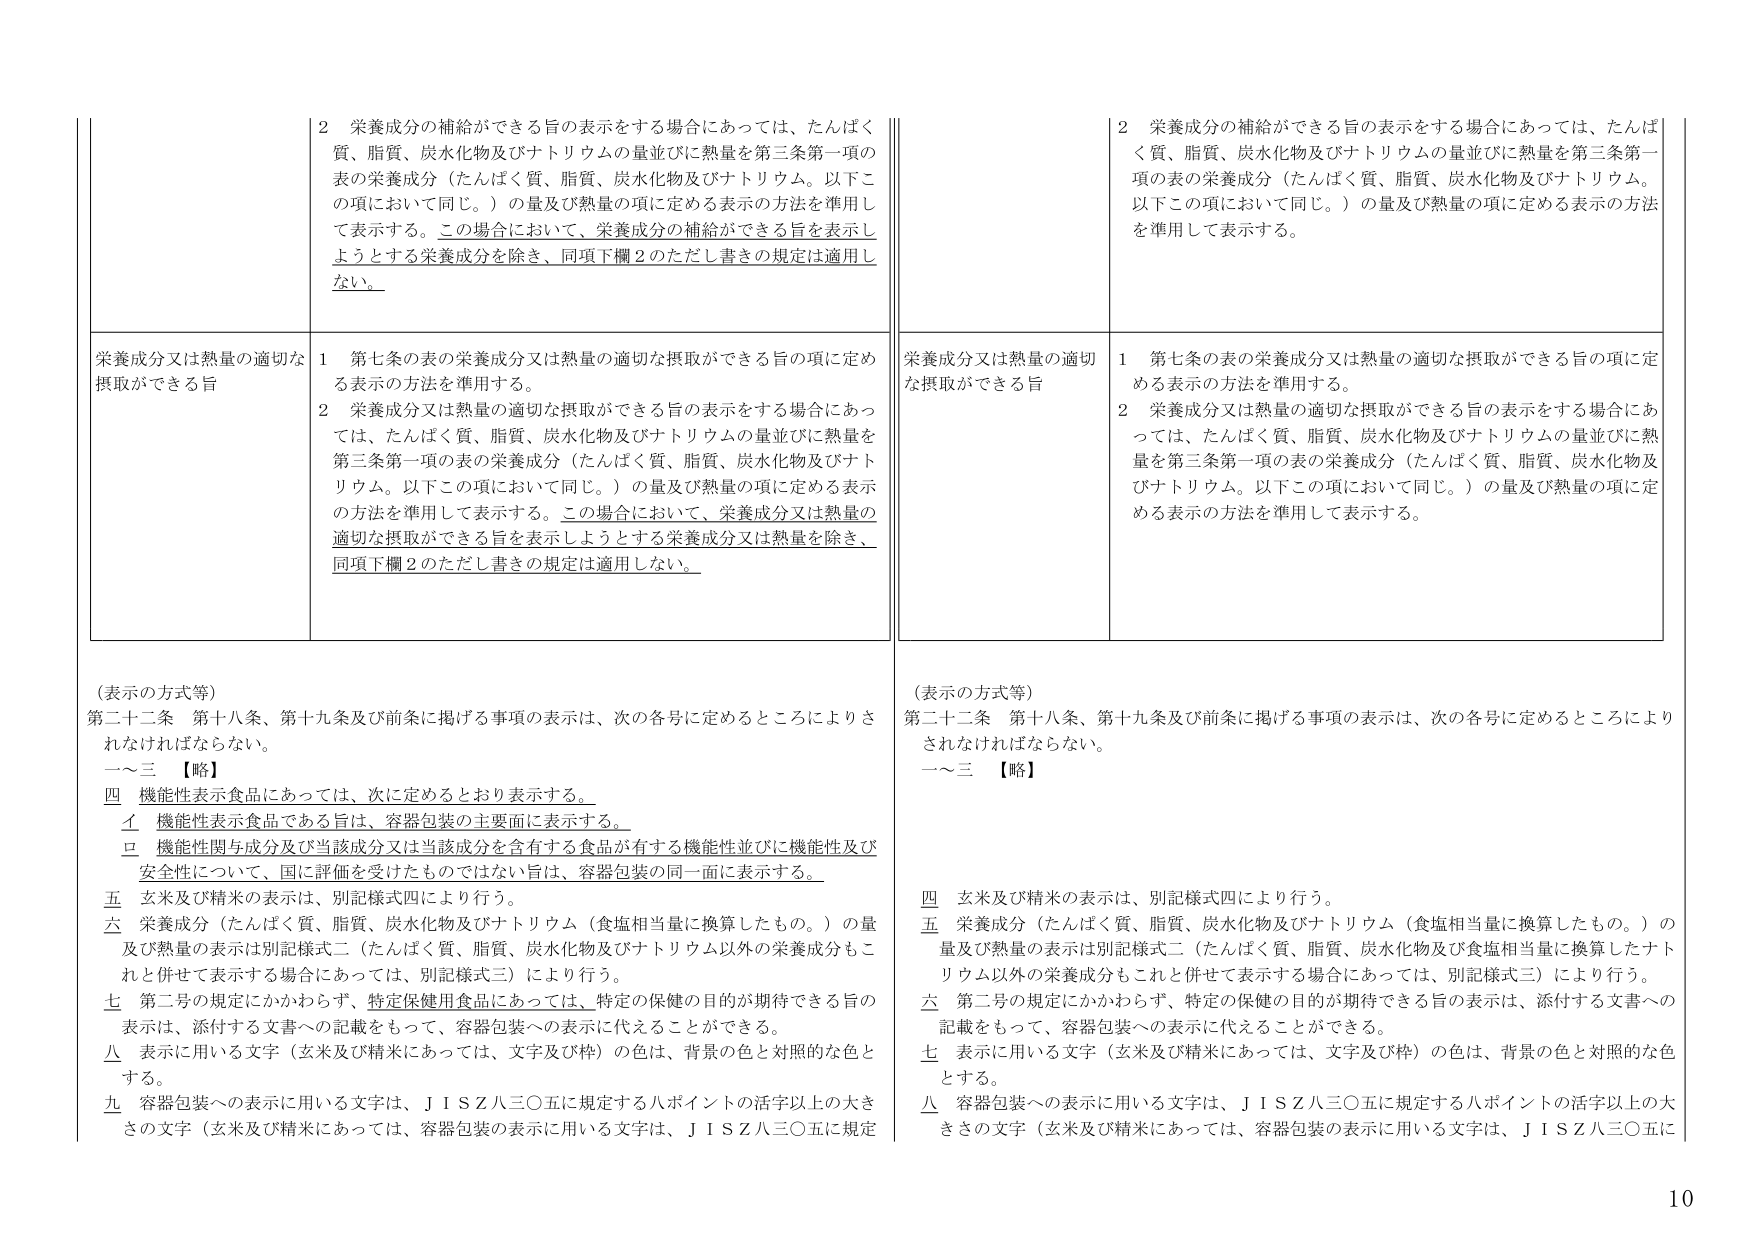
2 栄養成分の補給ができる旨の表示をする場合にあっては、たんぱく質、脂質、炭水化物及びナトリウムの量並びに熱量を第三条第一項の表の栄養成分（たんぱく質、脂質、炭水化物及びナトリウム。以下この項において同じ。）の量及び熱量の項に定める表示の方法を準用して表示する。この場合において、栄養成分の補給ができる旨を表示しようとする栄養成分を除き、同項下欄2のただし書きの規定は適用しない。

栄養成分又は熱量の適切な摂取ができる旨
1 第七条の表の栄養成分又は熱量の適切な摂取ができる旨の項に定める表示の方法を準用する。
2 栄養成分又は熱量の適切な摂取ができる旨の表示をする場合にあっては、たんぱく質、脂質、炭水化物及びナトリウムの量並びに熱量を第三条第一項の表の栄養成分（たんぱく質、脂質、炭水化物及びナトリウム。以下この項において同じ。）の量及び熱量の項に定める表示の方法を準用して表示する。この場合において、栄養成分又は熱量の適切な摂取ができる旨を表示しようとする栄養成分又は熱量を除き、同項下欄2のただし書きの規定は適用しない。

（表示の方式等）
第二十二条 第十八条、第十九条及び前条に掲げる事項の表示は、次の各号に定めるところによりされなければならない。
一～三 【略】
四 機能性表示食品にあっては、次に定めるとおり表示する。
　イ 機能性表示食品である旨は、容器包装の主要面に表示する。
　ロ 機能性関与成分及び当該成分又は当該成分を含有する食品が有する機能性並びに機能性及び安全性について、国に評価を受けたものではない旨は、容器包装の同一面に表示する。
五 玄米及び精米の表示は、別記様式四により行う。
六 栄養成分（たんぱく質、脂質、炭水化物及びナトリウム（食塩相当量に換算したもの。）の量及び熱量の表示は別記様式二（たんぱく質、脂質、炭水化物及びナトリウム以外の栄養成分もこれと併せて表示する場合にあっては、別記様式三）により行う。
七 第二号の規定にかかわらず、特定保健用食品にあっては、特定の保健の目的が期待できる旨の表示は、添付する文書への記載をもって、容器包装への表示に代えることができる。
八 表示に用いる文字（玄米及び精米にあっては、文字及び枠）の色は、背景の色と対照的な色とする。
九 容器包装への表示に用いる文字は、ＪＩＳＺ八三〇五に規定する八ポイントの活字以上の大ささの文字（玄米及び精米にあっては、容器包装の表示に用いる文字は、ＪＩＳＺ八三〇五に規定

2 栄養成分の補給ができる旨の表示をする場合にあっては、たんぱく質、脂質、炭水化物及びナトリウムの量並びに熱量を第三条第一項の表の栄養成分（たんぱく質、脂質、炭水化物及びナトリウム。以下この項において同じ。）の量及び熱量の項に定める表示の方法を準用して表示する。

栄養成分又は熱量の適切な摂取ができる旨
1 第七条の表の栄養成分又は熱量の適切な摂取ができる旨の項に定める表示の方法を準用する。
2 栄養成分又は熱量の適切な摂取ができる旨の表示をする場合にあっては、たんぱく質、脂質、炭水化物及びナトリウムの量並びに熱量を第三条第一項の表の栄養成分（たんぱく質、脂質、炭水化物及びナトリウム。以下この項において同じ。）の量及び熱量の項に定める表示の方法を準用して表示する。

（表示の方式等）
第二十二条 第十八条、第十九条及び前条に掲げる事項の表示は、次の各号に定めるところによりされなければならない。
一～三 【略】
四 玄米及び精米の表示は、別記様式四により行う。
五 栄養成分（たんぱく質、脂質、炭水化物及びナトリウム（食塩相当量に換算したもの。）の量及び熱量の表示は別記様式二（たんぱく質、脂質、炭水化物及び食塩相当量に換算したナトリウム以外の栄養成分もこれと併せて表示する場合にあっては、別記様式三）により行う。
六 第二号の規定にかかわらず、特定の保健の目的が期待できる旨の表示は、添付する文書への記載をもって、容器包装への表示に代えることができる。
七 表示に用いる文字（玄米及び精米にあっては、文字及び枠）の色は、背景の色と対照的な色とする。
八 容器包装への表示に用いる文字は、ＪＩＳＺ八三〇五に規定する八ポイントの活字以上の大ささの文字（玄米及び精米にあっては、容器包装の表示に用いる文字は、ＪＩＳＺ八三〇五に

10